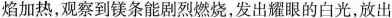
焰加热，观察到镁条能剧烈燃烧，发出耀眼的白光，放出